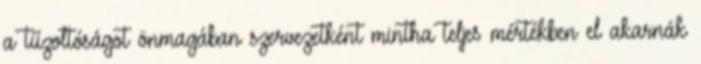
a tűzoltóságot önmagában szervezetként mintha teljes mértékben el akarnák